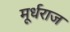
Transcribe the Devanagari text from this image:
मूर्धराज